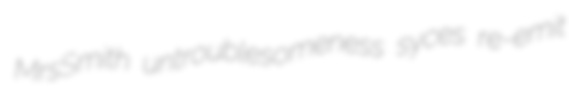
MrsSmith untroublesomeness syces re-emit